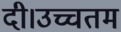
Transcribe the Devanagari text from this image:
दी।उच्चतम